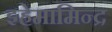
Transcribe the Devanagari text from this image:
इहेमामिन्द्र